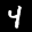
Label: 4